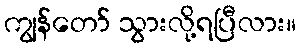
ကျွန်တော် သွားလို့ရပြီလား။